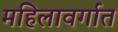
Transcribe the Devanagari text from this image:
महिलावर्गात